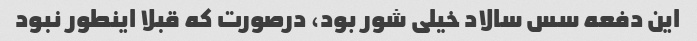
این دفعه سس سالاد خیلی شور بود، درصورت که قبلا اینطور نبود